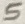
Text: 5